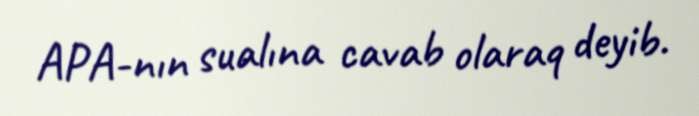
APA-nın sualına cavab olaraq deyib.